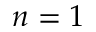
n = 1